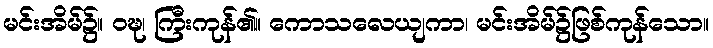
မင်းအိမ်၌။ ဝဍ္ဎ၊ ကြီးကုန်၏။ ကောသလေယျကာ၊ မင်းအိမ်၌ဖြစ်ကုန်သော။